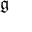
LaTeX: \, { \mathfrak { g } }